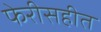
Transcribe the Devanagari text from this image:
फेरीसहीत